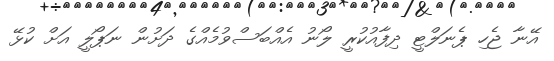
އޭނާ ޖެހި ޕެނަލްޓީ ދިފާއުކުރީ ލޯނު އެއްބަސްވުމެއްގެ ދަށުން ނަޕޯލީ އަށް ކުޅޭ